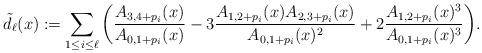
LaTeX: \begin{align*} \tilde{d}_\ell(x) := \sum_{1\le i\le \ell} \bigg( \frac{A_{3,4+p_i}(x)}{A_{0,1+p_i}(x)}-3\frac{A_{1,2+p_i}(x)A_{2,3+p_i}(x)}{A_{0,1+p_i}(x)^2}+ 2\frac{A_{1,2+p_i}(x)^3}{A_{0,1+p_i}(x)^3}\bigg).\end{align*}